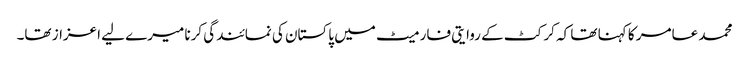
محمد عامر کا کہنا تھا کہ کرکٹ کے روایتی فارمیٹ میں پاکستان کی نمائندگی کرنا میرے لیے اعزاز تھا۔